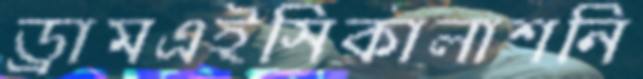
ড্রামএইসিকালাশনি